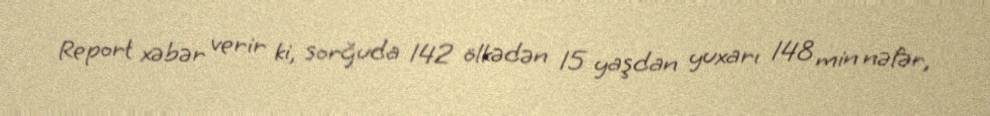
Report xəbər verir ki, sorğuda 142 ölkədən 15 yaşdan yuxarı 148 min nəfər,